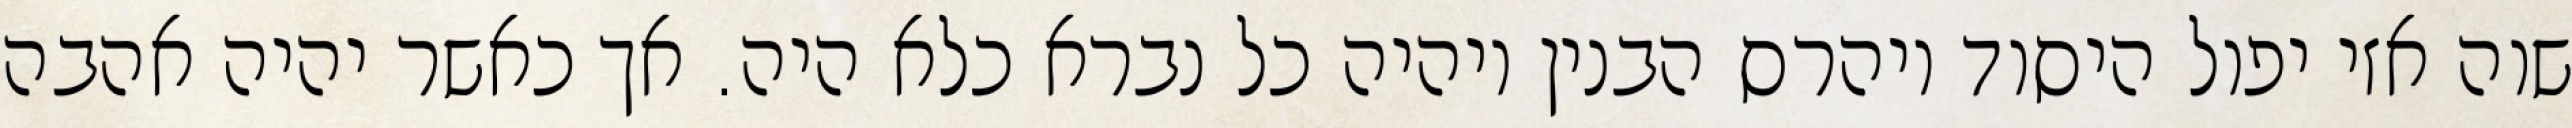
שוה אזי יפול היסוד ויהרס הבנין ויהיה כל נברא כלא היה. אך כאשר יהיה אהבה